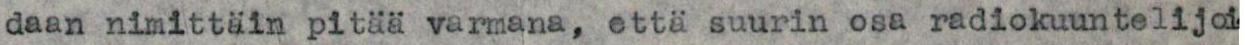
daan nimittäin pitää varmana, että suurin osa radiokuuntelijoi-